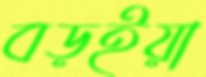
বড়ইয়া